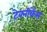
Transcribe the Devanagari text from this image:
टेक्नीकेंस